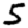
Digit: 5